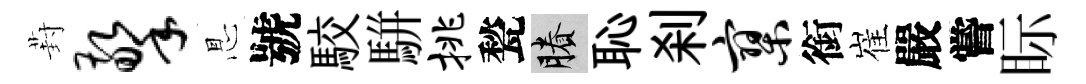
葑擎㤙號駮駢挑甃賸恥刹寥銜崔嚴嘗眎